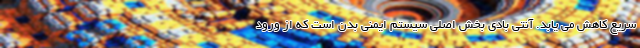
سریع کاهش می یابد. آنتی بادی بخش اصلی سیستم ایمنی بدن است که از ورود